Report of the Imperial Institute of Veterinary Research, Muktesar
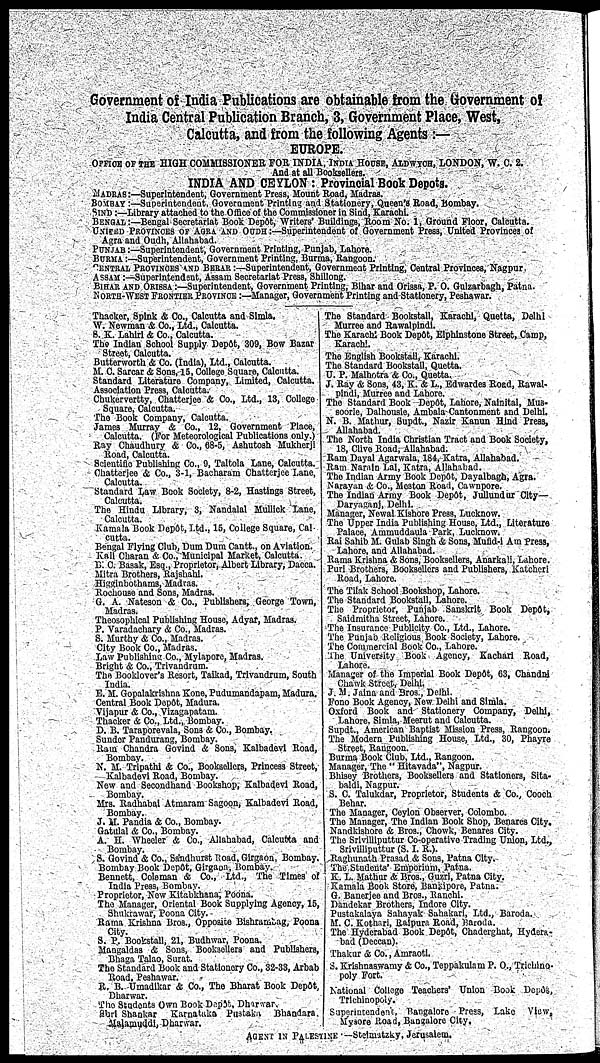
Government of India Publications are obtainable from the Government of
India Central Publication Branch, 3, Government Place, West,
Calcutta, and from the following Agents :—
EUROPE.
OFFICE OF THE HIGH COMMISSIONER FOR INDIA, INDIA. HOUSE, ALDWYCH, LONDON, W. C. 2.
And at all Booksellers.
INDIA AND CEYLON : Provincial Book Depots.
MADRAS :—Superintendent, Government Press, Mount Road, Madras.
BOMBAY :—Superintendent, Government Printing and Stationery, Queen's Road, Bombay.
SIND :—Library attached to the Office of the Commissioner in Sind, Karachi.
BENGAL :—Bengal Secretariat Book Depôt, Writers' Buildings, Room No. 1, Ground Floor, Calcutta.
UNITED PROVINCES OF AGRA AND OUDH :—Superintendent of Government Press, United Provinces of
Agra and Oudh, Allahabad.
PUNJAB :—Superintendent, Government Printing, Punjab, Lahore.
BURMA :—Superintendent, Government Printing, Burma, Rangoon.
CENTRAL PROVINCES AND BERAR :—Superintendent, Government Printing, Central Provinces, Nagpur.
ASSAM :—Superintendent, Assam Secretariat Press, Shillong.
BIHAR AND ORISSA :—Superintendent, Government Printing, Bihar and Orissa, P. O. Gulzarbagh, Patna.
NORTH-WEST FRONTIER PROVINCE :—Manager, Government Printing and Stationery, Peshawar.
Thacker, Spink & Co., Calcutta and
Simla.
W. Newman & Co., Ltd., Calcutta.
S. K. Lahiri & Co., Calcutta.
The Indian School Supply Depôt, 309, Bow Bazar
Street, Calcutta.
Butterworth & Co. (India), Ltd., Calcutta.
M. C. Sarcar & Sons, 15, College Square, Calcutta.
Standard Literature Company, Limited, Calcutta.
Association Press, Calcutta.
Chukervertty, Chatterjee & Co., Ltd., 13, College
Square, Calcutta.
The Book Company, Calcutta.
James Murray & Co., 12, Government Place,
Calcutta. (For Meteorological Publications only.)
Ray Chaudhury & Co., 68-5, Ashutosh Mukherji
Road, Calcutta.
Scientific Publishing Co., 9, Taltola Lane, Calcutta.
Chatterjee & Co., 3-1, Bacharam Chatterjee Lane,
Calcutta.
Standard Law Book Society, 8-2, Hastings Street,
Calcutta.
The Hindu Library, 3, Nandalal Mullick Lane,
Calcutta.
Kamala Book Depôt, Ltd., 15, College Square, Cal
cutta.
Bengal Flying Club, Dum Dum Cantt., on Aviation.
Kali Charan & Co., Municipal Market, Calcutta.
B. C. Basak, Esq., Proprietor, Albert Library, Dacca.
Mitra Brothers, Rajshahi.
Higginbothams, Madras.
Rochouse and Sons, Madras.
G. A. Nateson & Co., Publishers, George Town,
Madras.
Theosophical Publishing House, Adyar, Madras.
P. Varadachary & Co., Madras.
S. Murthy & Co., Madras.
City Book Co., Madras.
Law Publishing Co., Mylapore, Madras.
Bright & Co., Trivandrum.
The Booklover's Resort, Taikad, Trivandrum, South
India.
E. M. Gopalakrishna Kone, Pudumandapam, Madura.
Central Book Depôt, Madura.
Vijapur & Co., Vizagapatam.
Thacker & Co., Ltd., Bombay.
D. B. Taraporevala, Sons & Co., Bombay.
Sunder Pandurang, Bombay.
Ram Chandra Govind & Sons, Kalbadevi Road,
Bombay.
N. M. Tripathi & Co., Booksellers, Princess Street,
Kalbadevi Road, Bombay.
New and Secondhand Bookshop, Kalbadevi Road,
Bombay.
Mrs. Radhabai Atmaram Sagoon, Kalbadevi Road,
Bombay.
J. M. Pandia & Co., Bombay.
Gatulal & Co., Bombay.
A. H. Wheeler & Co., Allahabad, Calcutta and
Bombay.
S. Govind & Co., Sandhurst Road, Girgaon, Bombay.
Bombay Book Depôt, Girgaon, Bombay.
Bennett, Coleman & Co., Ltd., The Times of
India Press, Bombay.
Proprietor, New Kitabkhana, Poona.
The Manager, Oriental Book Supplying Agency, 15,
Shukrawar, Poona City.
Rama Krishna Bros., Opposite Bishrambag, Poona
City.
S. P. Bookstall, 21, Budhwar, Poona.
Mangaldas & Sons, Booksellers and Publishers,
Bhaga Talao, Surat.
The Standard Book and Stationery Co., 32-33, Arbab
Road, Peshawar.
R. B. Umadikar & Co., The Bharat Book Depôt.
Dharwar.
The Students Own Book Depôt, Dharwar,
Shri Shankar
Karnataka Pustaka Bhandara,
Malamuddi, Dharwar.
The Standard Bookstall, Karachi, Quetta, Delhi
Murree and Rawalpindi.
The Karachi Book Depôt, Elphinstone Street, Camp,
Karachi.
The English Bookstall, Karachi.
The Standard Bookstall, Quetta.
U. P. Malhotra & Co., Quetta.
J. Ray & Sons, 43, K. & L., Edwardes Road, Rawal-
pindi, Murree and Lahore.
The Standard Book Depôt, Lahore, Nainital, Mus-
soorie, Dalhousie, Ambala Cantonment and Delhi.
N. B. Mathur, Supdt., Nazir Kanun Hind Press,
Allahabad.
The North India Christian Tract and Book Society,
18, Clive Road, Allahabad.
Ram Dayal Agarwala, 184, Katra, Allahabad.
Ram Narain Lal, Katra, Allahabad.
The Indian Army Book Depôt, Dayalbagh, Agra.
Narayan & Co., Moston Road, Cawnpore.
The Indian Army Book Depôt, Jullundur City—
Daryaganj, Delhi.
Manager, Newal Kishore Press, Lucknow.
The Upper India Publishing House, Ltd., Literature
Palace, Ammuddaula Park, Lucknow.
Rai Sahib M. Gulab Singh & Sons, Mufid-i Am Press,
Lahore, and Allahabad.
Rama Krishna & Sons, Booksellers, Anarkali, Lahore.
Puri Brothers, Booksellers and Publishers, Katcheri
Road, Lahore.
The Tilak School Bookshop, Lahore.
The Standard Bookstall, Lahore.
The Proprietor, Punjab Sanskrit Book Depôt,
Saidmitha Street, Lahore.
The Insurance Publicity Co., Ltd., Lahore.
The Punjab Religious Book Society, Lahore.
The Commercial Book Co., Lahore.
The University Book Agency, Kachari Road,
Lahore.
Manager of the Imperial Book Depôt, 63, Chandni
Chawk Street, Delhi.
J. M. Jaina and Bros., Delhi.
Fono Book Agency, New Delhi and Simla.
Oxford Book and Stationery Company, Delhi,
Lahore, Simla, Meerut and Calcutta.
Supdt., American Baptist Mission Press, Rangoon.
The Modern Publishing House, Ltd., 30, Phayre
Street, Rangoon.
Burma Book Club, Ltd., Rangoon.
Manager, The " Hitavada", Nagpur.
Bhisey Brothers, Booksellers and Stationers, Sita-
baldi, Nagpur.
S. C. Talukdar, Proprietor, Students & Co., Cooch
Behar.
The Manager, Ceylon Observer, Colombo.
The Manager, The Indian Book Shop, Benares City,
Nandkishore & Bros., Chowk, Benares City.
The Srivilliputtur Co-operative Trading Union, Ltd.,
Srivilliputtur (S. I. R.).
Raghunath Prasad & Sons, Patna City.
The Students' Emporium, Patna.
K. L. Mathur & Bros., Guzri, Patna City.
Kamala Book Store, Bankipore, Patna.
G. Banerjee and Bros., Ranchi.
Dandekar Brothers, Indore City.
Pustakalaya Sahayak Sahakari, Ltd., Baroda.
M. C. Kothari, Raipura Road, Baroda.
The Hyderabad Book Depôt, Chaderghat, Hydera-
bad (Deccan).
Thakur & Co., Amraoti.
S. Krishnaswamy & Co., Teppakulam P. O., Trichino-
poly Fort.
National College Teachers' Union Book Depôt,
Trichinopoly.
Superintendent, Bangalore Press, Lake View,
Mysore Road, Bangalore City,
AGENT IN PALESTINE—Stelmatzky, Jerusalem.